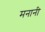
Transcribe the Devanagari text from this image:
मनानी